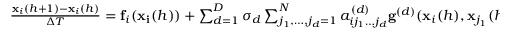
\begin{array} { l } { \frac { \mathbf { x } _ { i } ( h + 1 ) - \mathbf { x } _ { i } ( h ) } { \Delta T } = \mathbf { f } _ { i } ( \mathbf { x _ { i } } ( h ) ) + \sum _ { d = 1 } ^ { D } \sigma _ { d } \sum _ { j _ { 1 } , \dots , j _ { d } = 1 } ^ { N } a _ { i j _ { 1 } \dots j _ { d } } ^ { ( d ) } \mathbf { g } ^ { ( d ) } ( \mathbf { x } _ { i } ( h ) , \mathbf { x } _ { j _ { 1 } } ( h ) , \dots , \mathbf { x } _ { j _ { d } } ( h ) ) , } \end{array}